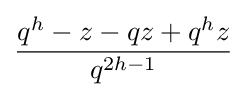
{\frac {q^{h}-z-qz+q^{h}z}{q^{2h-1}}}